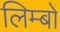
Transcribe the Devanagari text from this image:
लिम्बों